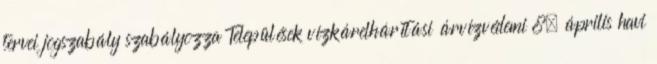
tervei jogszabály szabályozza Települések vízkárelhárítási árvízvédemi 8. április havi